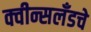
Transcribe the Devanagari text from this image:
क्वीन्सलँडचे